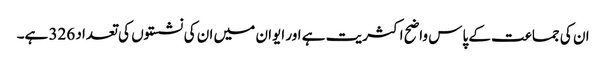
ان کی جماعت کے پاس واضح اکثریت ہے اور ایوان میں ان کی نشستوں کی تعداد 326 ہے۔